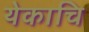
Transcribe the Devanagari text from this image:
येकाचि